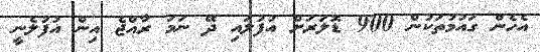
އެހެން ގައުމުތަކުން 900 ޑޮލަރަށް އުފުލައި ދޭ ނަމަ ރާއްޖެ އިން އުފުލެނީ